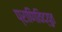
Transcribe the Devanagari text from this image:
प्राणिविद्युत